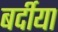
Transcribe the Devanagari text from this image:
बर्दीया